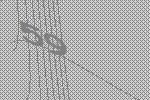
59